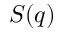
S ( q )